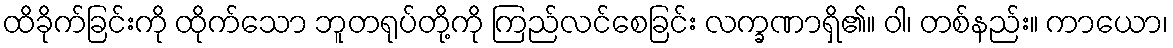
ထိခိုက်ခြင်းကို ထိုက်သော ဘူတရုပ်တို့ကို ကြည်လင်စေခြင်း လက္ခဏာရှိ၏။ ဝါ၊ တစ်နည်း။ ကာယော၊